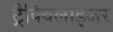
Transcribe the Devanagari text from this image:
ट्रैक्विलाइजर